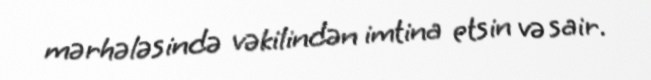
mərhələsində vəkilindən imtina etsin və sair.